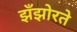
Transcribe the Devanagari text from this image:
झँझोरते